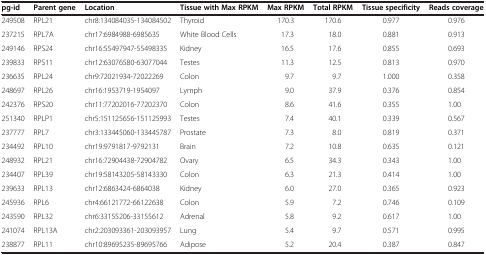
<table><thead><tr><td><b>pg-id</b></td><td><b>Parent gene</b></td><td><b>Location</b></td><td><b>Tissue with Max RPKM</b></td><td><b>Max RPKM</b></td><td><b>Total RPKM</b></td><td><b>Tissue specificity</b></td><td><b>Reads coverage</b></td></tr></thead><tbody><tr><td>249508</td><td>RPL21</td><td>chr8:134084035-134084502</td><td>Thyroid</td><td>170.3</td><td>170.6</td><td>0.977</td><td>0.976</td></tr><tr><td>237215</td><td>RPL7A</td><td>chr17:6984988-6985635</td><td>White Blood Cells</td><td>17.3</td><td>18.0</td><td>0.881</td><td>0.913</td></tr><tr><td>249146</td><td>RPS24</td><td>chr16:55497947-55498335</td><td>Kidney</td><td>16.5</td><td>17.6</td><td>0.855</td><td>0.693</td></tr><tr><td>239833</td><td>RPS11</td><td>chr12:63076580-63077044</td><td>Testes</td><td>11.3</td><td>12.5</td><td>0.813</td><td>0.970</td></tr><tr><td>236635</td><td>RPL24</td><td>chr9:72021934-72022269</td><td>Colon</td><td>9.7</td><td>9.7</td><td>1.000</td><td>0.358</td></tr><tr><td>248697</td><td>RPL26</td><td>chr16:1953719-1954097</td><td>Lymph</td><td>9.0</td><td>37.9</td><td>0.376</td><td>0.854</td></tr><tr><td>242376</td><td>RPS20</td><td>chr11:77202016-77202370</td><td>Colon</td><td>8.6</td><td>41.6</td><td>0.355</td><td>1.00</td></tr><tr><td>251340</td><td>RPLP1</td><td>chr5:151125656-151125993</td><td>Testes</td><td>7.4</td><td>40.1</td><td>0.339</td><td>0.567</td></tr><tr><td>237777</td><td>RPL7</td><td>chr3:133445060-133445787</td><td>Prostate</td><td>7.3</td><td>8.0</td><td>0.819</td><td>0.371</td></tr><tr><td>234492</td><td>RPL10</td><td>chr19:9791817-9792131</td><td>Brain</td><td>7.2</td><td>10.8</td><td>0.635</td><td>0.121</td></tr><tr><td>248932</td><td>RPL21</td><td>chr16:72904438-72904782</td><td>Ovary</td><td>6.5</td><td>34.3</td><td>0.343</td><td>1.00</td></tr><tr><td>234407</td><td>RPL39</td><td>chr19:58143205-58143330</td><td>Colon</td><td>6.3</td><td>21.3</td><td>0.414</td><td>1.00</td></tr><tr><td>239633</td><td>RPL13</td><td>chr12:6863424-6864038</td><td>Kidney</td><td>6.0</td><td>27.0</td><td>0.365</td><td>0.923</td></tr><tr><td>245936</td><td>RPL6</td><td>chr4:66121772-66122638</td><td>Colon</td><td>5.9</td><td>7.2</td><td>0.746</td><td>0.109</td></tr><tr><td>243590</td><td>RPL32</td><td>chr6:33155206-33155612</td><td>Adrenal</td><td>5.8</td><td>9.2</td><td>0.617</td><td>1.00</td></tr><tr><td>241074</td><td>RPL13A</td><td>chr2:203093361-203093957</td><td>Lung</td><td>5.4</td><td>9.7</td><td>0.571</td><td>0.995</td></tr><tr><td>238877</td><td>RPL11</td><td>chr10:89695235-89695766</td><td>Adipose</td><td>5.2</td><td>20.4</td><td>0.387</td><td>0.847</td></tr></tbody></table>